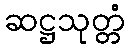
ဆဋ္ဌသုတ္တံ